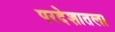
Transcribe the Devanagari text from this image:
परदेशातला